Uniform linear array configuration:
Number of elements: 32
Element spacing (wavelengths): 0.5
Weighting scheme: binomial
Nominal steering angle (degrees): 0
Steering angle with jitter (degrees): -1.512
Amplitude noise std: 0.05
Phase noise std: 0.05

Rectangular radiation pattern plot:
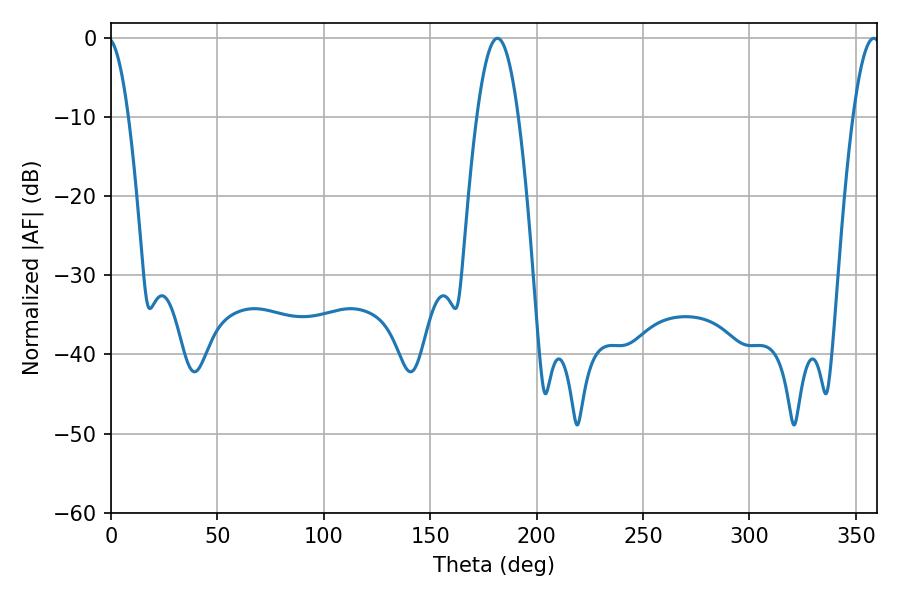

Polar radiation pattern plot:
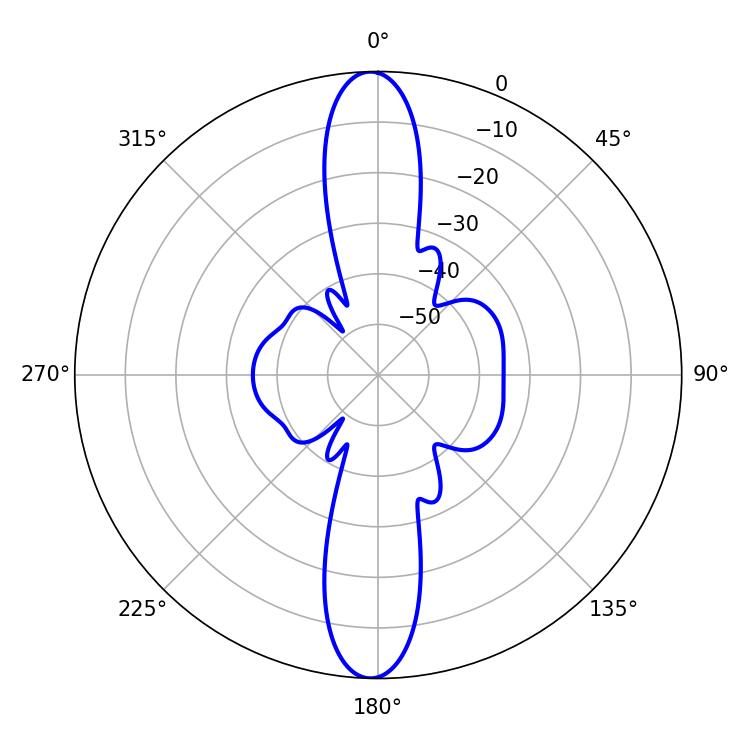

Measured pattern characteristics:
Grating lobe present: FALSE
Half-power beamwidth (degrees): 10.62
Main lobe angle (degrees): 181.62